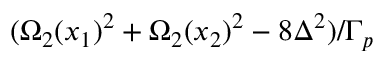
( \Omega _ { 2 } ( x _ { 1 } ) ^ { 2 } + \Omega _ { 2 } ( x _ { 2 } ) ^ { 2 } - 8 \Delta ^ { 2 } ) / \Gamma _ { p }